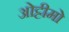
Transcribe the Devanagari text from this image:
ओट्टीमो